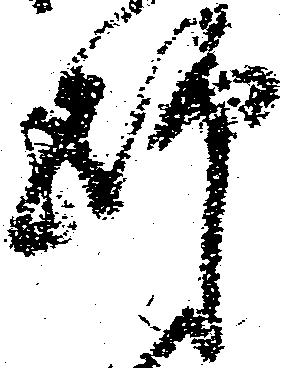
師